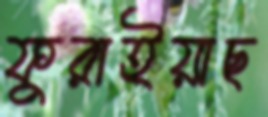
ফুরাইয়াছ